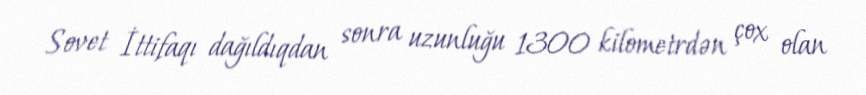
Sovet İttifaqı dağıldıqdan sonra uzunluğu 1300 kilometrdən çox olan